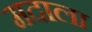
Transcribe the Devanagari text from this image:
मदाला